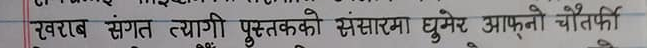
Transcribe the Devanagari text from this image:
खराब संगत त्यागी पुस्तकको संसारमा घुमेर आफ्नै चौतर्फ